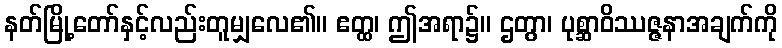
နတ်မြို့တော်နှင့်လည်းတူမျှလေ၏။ ဧတ္ထ၊ ဤအရာ၌။ ဌတွာ၊ ပုစ္ဆာဝိဿဇ္ဇနာအချက်ကို